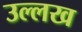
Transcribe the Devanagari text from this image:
उल्लख